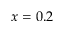
x = 0 . 2